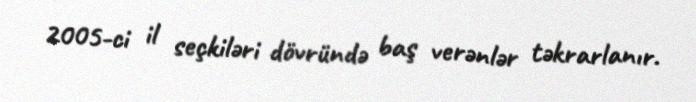
2005-ci il seçkiləri dövründə baş verənlər təkrarlanır.